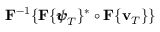
{ \bf F } ^ { - 1 } \{ { \bf F } \{ { \pmb { \psi } } _ { T } \} ^ { * } \circ { \bf F } \{ { \bf v } _ { T } \} \}